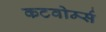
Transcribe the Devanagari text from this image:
कटवोर्म्स